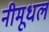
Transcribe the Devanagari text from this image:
नीमूधल